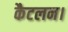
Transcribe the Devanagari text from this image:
कैटलन।